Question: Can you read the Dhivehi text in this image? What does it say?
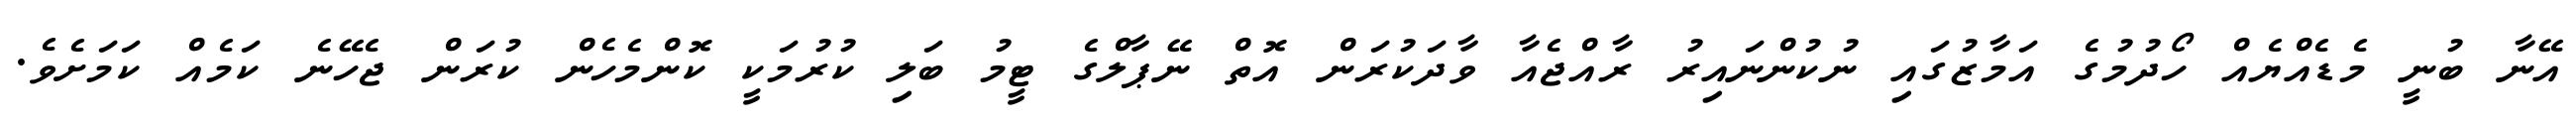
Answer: އޭނާ ބުނީ މެޑެއްޔެއް ހޯދުމުގެ އަމާޒުގައި ނުކުންނައިރު ރާއްޖެއާ ވާދަކުރަން އޮތް ނޭޕާލްގެ ޓީމު ބަލި ކުރުމަކީ ކޮންމެހެން ކުރަން ޖެހޭނެ ކަމެއް ކަމަށެވެ.